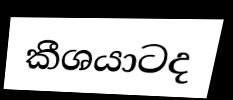
කීශයාටද